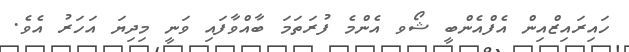
ހައިރައިޒްއިން އެފްއެންބީ ޝޯވ އެންމެ ފުރަތަމަ ބާއްވާފައި ވަނީ މިދިޔަ އަހަރު އެވެ.